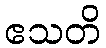
ဧသတိ